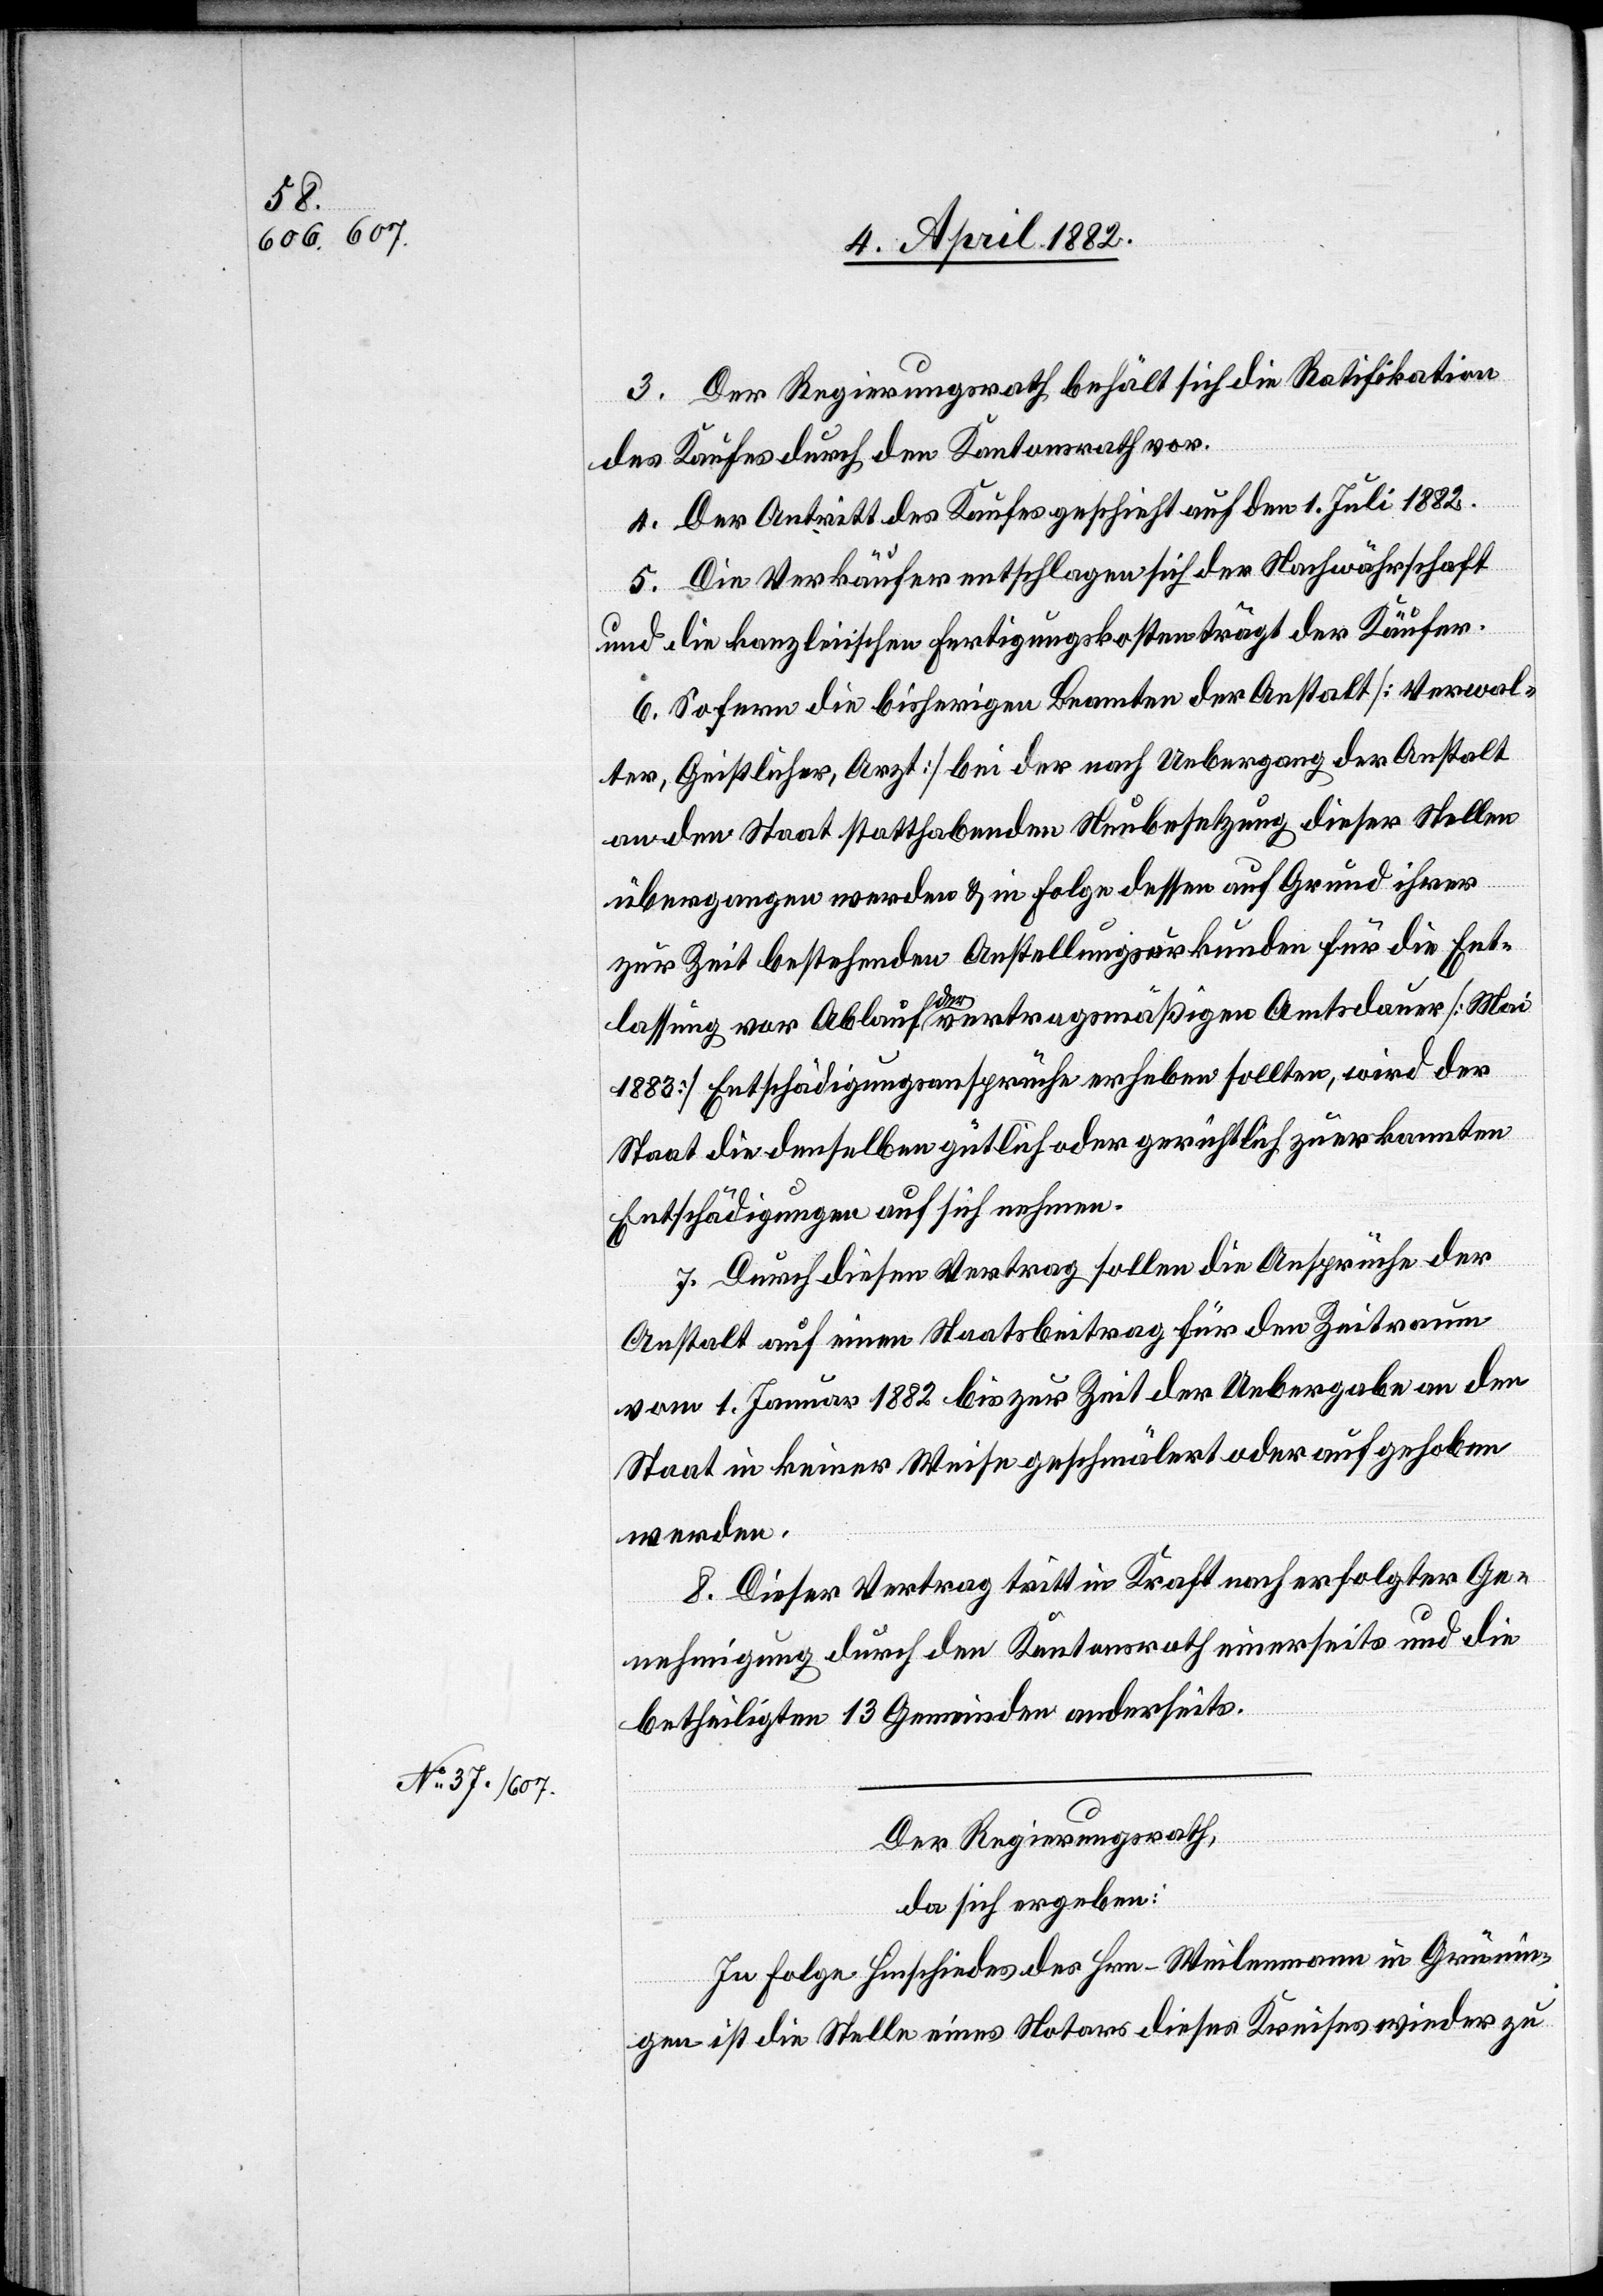
3. Der Regierungsrath behält sich die Ratifikation
des Kaufes durch den Kantonsrath vor.
4. Der Antritt des Kaufes geschieht auf den 1. Juli 1882.
5. Die Verkäufer entschlagen sich der Nachwährschaft
und die kanzleiischen Fertigungskosten trägt der Käufer.
6. Sofern die bisherigen Beamten der Anstalt [Verwal¬
ter, Geistlicher, Arzt] bei der nach Uebergang der Anstalt
an den Staat statthabenden Neubesetzung dieser Stellen
übergangen werden & in Folge dessen auf Grund ihrer
zur Zeit bestehenden Anstellungsurkunden für die Ent¬
lassung vor Ablauf der vertragsmäßigen Amtsdauer [Mai
1883] Entschädigungsansprüche erheben sollten, wird der
Staat die denselben gütlich oder gerichtlich zuerkannten
Entschädigungen auf sich nehmen.
7. Durch diesen Vertrag sollen die Ansprüche der
Anstalt auf einen Staatsbeitrag für den Zeitraum
vom 1. Januar 1882 bis zur Zeit der Uebergabe an den
Staat in keiner Weise geschmälert oder aufgehoben
werden.
8. Dieser Vertrag tritt in Kraft nach erfolgter Ge¬
nehmigung durch den Kantonsrath einerseits und die
betheiligten 13 Gemeinden anderseits.
Der Regierungsrath,
da sich ergeben:
In Folge Hinschiedes des Hrn. Weilenmann in Grünin¬
gen ist die Stelle eines Notars dieses Kreises wieder zu